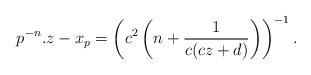
LaTeX: \begin{align*} p^{-n}.z - x_p = \left( c^2 \left( n + \frac{1}{c ( cz+d )} \right) \right)^{-1}.\end{align*}